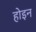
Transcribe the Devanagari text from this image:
होइन